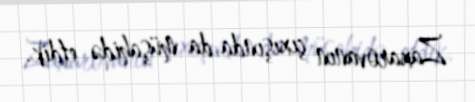
Zaxarovanın çıxışında da müşahidə etdik.